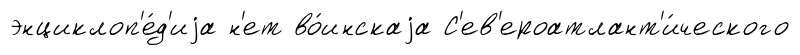
энциклоп'е́д'иjа н'ет во́инскаjа С'ев'ероатлант'и́ческого